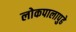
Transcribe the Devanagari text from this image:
लोकपालापुढे